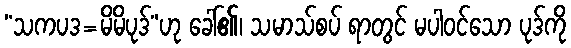
“သကပဒ=မိမိပုဒ်”ဟု ခေါ်၏၊ သမာသ်စပ် ရာတွင် မပါဝင်သော ပုဒ်ကို